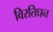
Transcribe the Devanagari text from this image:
विरतिघन